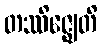
တဿိဇ္ဈေတိ